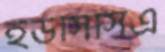
ইউসিসিএ